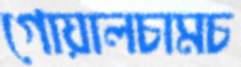
গোয়ালচামচ